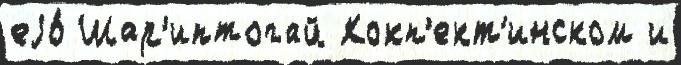
еjо́ Шар'иптогай Кокп'ект'инском и